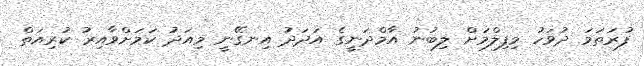
ފުރަތަމަ ދުވަހު މިފިލްމަށް ލިބުނު އާމްދަނީގެ އަދަދު އިނގޭނީ މިއަދު ކަމަށްވާއިރު ކުރިއަތް